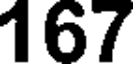
167